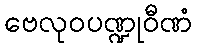
ဗေလုဝပဏ္ဍုဝီဏံ